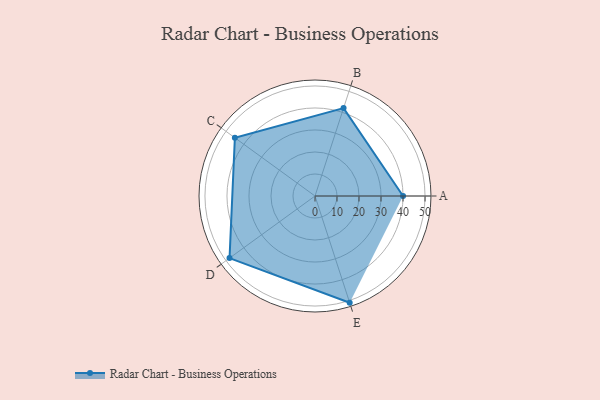
{"axis": {"x": "Skill", "y": "Score"}, "legend": ["Profile"], "data": [{"x": "A", "y": 40.0, "type": "Profile"}, {"x": "B", "y": 42.0, "type": "Profile"}, {"x": "C", "y": 45.0, "type": "Profile"}, {"x": "D", "y": 48.0, "type": "Profile"}, {"x": "E", "y": 51.0, "type": "Profile"}]}